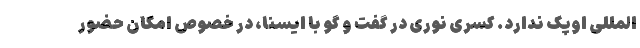
المللی اوپک ندارد. کسری نوری در گفت و گو با ایسنا، در خصوص امکان حضور